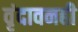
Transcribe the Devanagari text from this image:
वृंदावनही